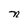
Character: n